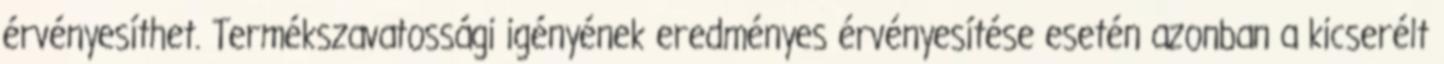
érvényesíthet. Termékszavatossági igényének eredményes érvényesítése esetén azonban a kicserélt